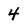
Character: 4